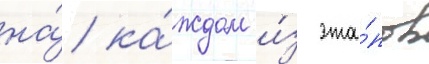
на́ ка́ждом и́з эта́пов